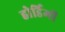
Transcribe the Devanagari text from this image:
होर्डिगों